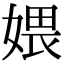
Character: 㛱